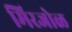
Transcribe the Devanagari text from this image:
मिरजोळ